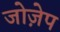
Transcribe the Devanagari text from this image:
जोज़ेप